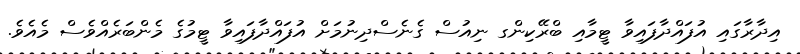
އިދާރާގައި އުފައްދާފައިވާ ޓީމާއި ބްރޭކިންގ ނިއުސް ގެނެސްދިނުމަށް އުފައްދާފައިވާ ޓީމުގެ މެންބަރެއްވެސް މެއެވެ.